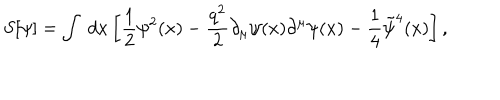
LaTeX: S [ \psi ] = \int \; d x \left[ \frac 1 2 \psi ^ { 2 } ( x ) - \frac { q ^ { 2 } } { 2 } \partial _ { \mu } \psi ( x ) \partial ^ { \mu } \psi ( x ) - \frac 1 4 \tilde { \psi } ^ { 4 } ( x ) \right] ,